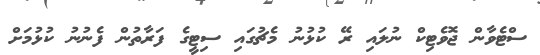
ސްޓެވާން ޖޮވެޓިކް ނުލައި ރޭ ކުޅުނު މެޗުގައި ސިޓީގެ ފަރާތުން ފެނުނު ކުޅުމަށް